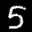
Label: 5